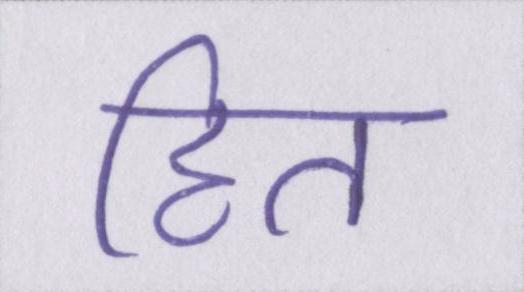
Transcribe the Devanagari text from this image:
हित